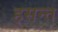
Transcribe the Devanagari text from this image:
हसन्त